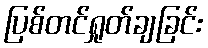
ပြစ်တင်ရှုတ်ချခြင်း